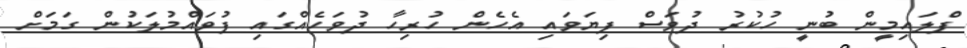
ފްލައިމީން ބުނީ ހުކުރު ދުވަސް ފިޔަވައި އެހެން ހުރިހާ ދުވަހެއްގައި ފުވައްމުލަކުން ގަމަށް